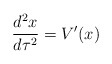
\begin{align*}{{d^2x} \over {d\tau^2}} = V^{\prime}(x)\end{align*}